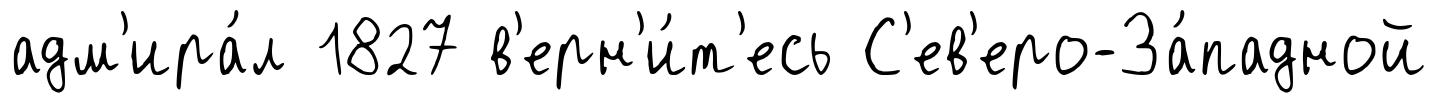
адм'ира́л 1827 в'ерн'и́т'есь С'ев'еро-За́падной